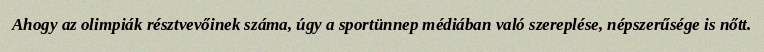
Ahogy az olimpiák résztvevőinek száma, úgy a sportünnep médiában való szereplése, népszerűsége is nőtt.